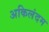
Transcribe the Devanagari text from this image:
अकिलंदम